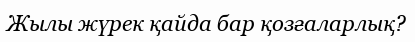
Жылы жүрек қайда бар қозғаларлық?